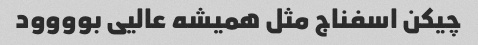
چیکن اسفناج مثل همیشه عالیی بوووود